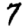
Digit: 7